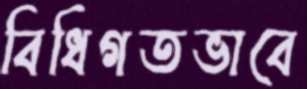
বিধিগতভাবে